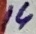
Text: 14